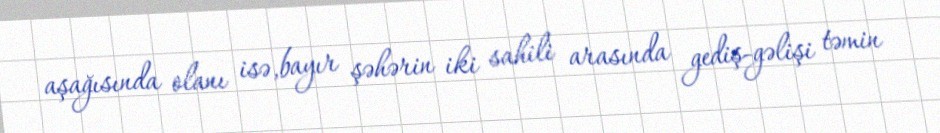
aşağısında olanı isə,bayır şəhərin iki sahili arasında gediş-gəlişi təmin